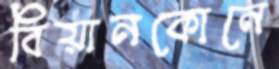
বিয়ানকোনে